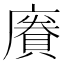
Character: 𪪥